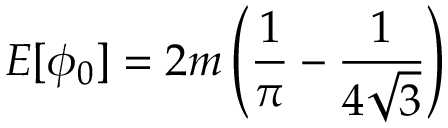
{ \cal E } [ \phi _ { 0 } ] = 2 m \left( \frac { 1 } { \pi } - \frac { 1 } { 4 \sqrt { 3 } } \right)